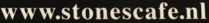
www.stonescafe.nl